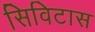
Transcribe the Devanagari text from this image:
सिविटास